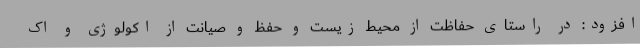
افزود: در راستای حفاظت از محیط زیست و حفظ و صیانت از اکولوژی و اک